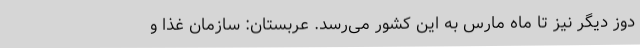
دوز دیگر نیز تا ماه مارس به این کشور می‌رسد. عربستان: سازمان غذا و